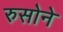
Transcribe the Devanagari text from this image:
रुसोने